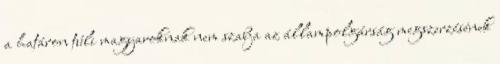
a határon túli magyaroknak nem szabja az állampolgárság megszerzésének